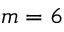
m = 6